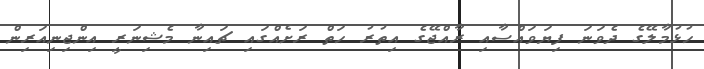
ހުޅުމާލޭގެ ދެވަނަ ފިޔަވައްސާއި ރާއްޖޭގެ އިތުރު ހަތް ރަށެއްގައި ޗައިނާ މެޝިނަރީ އިންޖިނިއަރިން